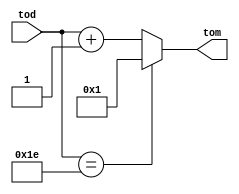
// Code your design here
module todtom (tod,tom);
  input [4:0]tod;
  output [4:0]tom;
  
  wire [4:0]bumi;
  wire [4:0]neth;
  wire [4:0]tom;
  
  assign bumi = tod + 1;
  assign neth= (tod==30);
  assign tom = neth ? 1 : bumi;
endmodule